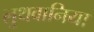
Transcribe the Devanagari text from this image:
लुथवानिया